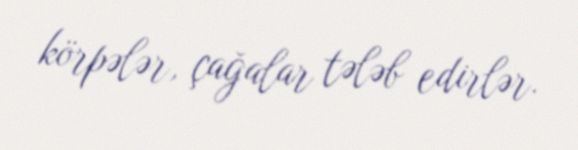
körpələr, çağalar tələb edirlər.